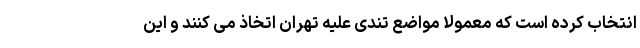
انتخاب کرده است که معمولا مواضع تندی علیه تهران اتخاذ می کنند و این